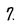
Character: 7